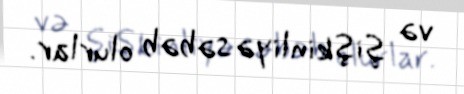
və şişkinliyə səbəb olurlar.